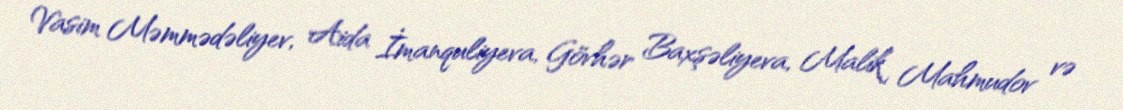
Vasim Məmmədəliyev, Aida İmanquliyeva, Gövhər Baxşəliyeva, Malik Mahmudov və